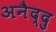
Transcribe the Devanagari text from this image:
अनैद्दु